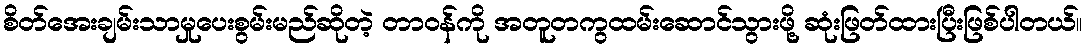
စိတ်အေးချမ်းသာမှုပေးစွမ်းမည်ဆိုတဲ့ တာဝန်ကို အတူတကွထမ်းဆောင်သွားဖို့ ဆုံးဖြတ်ထားပြီးဖြစ်ပါတယ်။